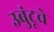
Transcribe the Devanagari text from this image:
उबुंटूचे